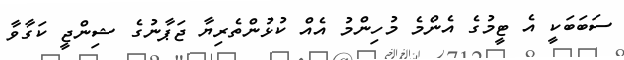
ސަބަބަކީ އެ ޓީމުގެ އެންމެ މުހިންމު އެއް ކުޅުންތެރިޔާ ޖަޕާނުގެ ޝިންޖީ ކަގާވާ